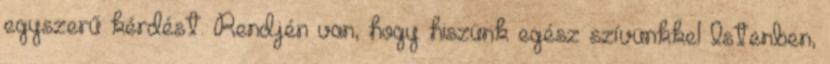
egyszerű kérdést. Rendjén van, hogy hiszünk egész szívünkkel Istenben,